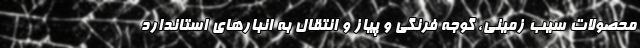
محصولات سیب زمینی، گوجه فرنگی و پیاز و انتقال به انبارهای استاندارد